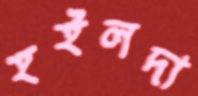
হইলদা